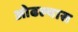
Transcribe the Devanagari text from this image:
ओढल्यास